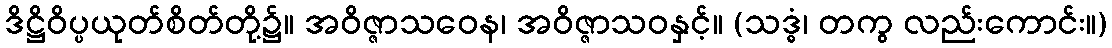
ဒိဋ္ဌိဝိပ္ပယုတ်စိတ်တို့၌။ အဝိဇ္ဇာသဝေန၊ အဝိဇ္ဇာသဝနှင့်။ (သဒ္ဓံ၊ တကွ လည်းကောင်း။)